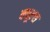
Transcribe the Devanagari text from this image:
क्‍यूल्‍स